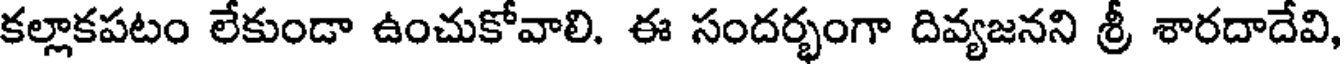
కల్లాకపటం లేకుండా ఉంచుకోవాలి. ఈ సందర్భంగా దివ్యజనని శ్రీ శారదాదేవి,